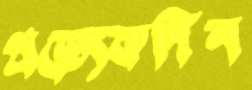
প্রত্যেকদিন